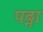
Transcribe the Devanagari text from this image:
पढ्ना